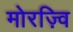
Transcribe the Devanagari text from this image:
मोरज़्वि